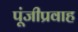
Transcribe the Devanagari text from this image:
पूंजीप्रवाह